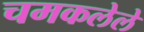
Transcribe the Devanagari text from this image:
चमकलेले